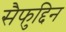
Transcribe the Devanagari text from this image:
सैफुद्दिन